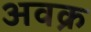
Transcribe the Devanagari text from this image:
अवक्र